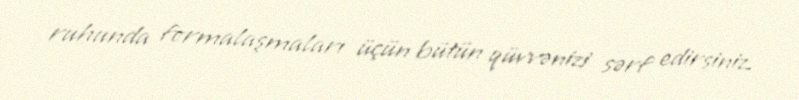
ruhunda formalaşmaları üçün bütün qüvvənizi sərf edirsiniz.